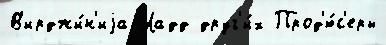
В'ирджи́н'иjа Ладд друг'и́х Прод'ю́с'еры